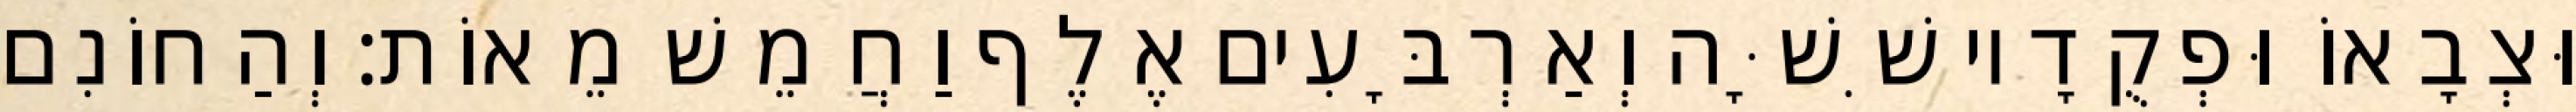
וּצְבָאוֹ וּפְקֻדָיו שִׁשָּׁה וְאַרְבָּעִים אֶלֶף וַחֲמֵשׁ מֵאוֹת׃ וְהַחוֹנִם